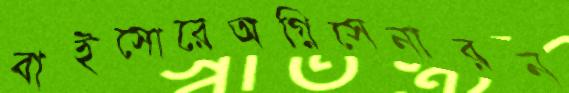
বাইসোরেঅগ্নিসেনারন